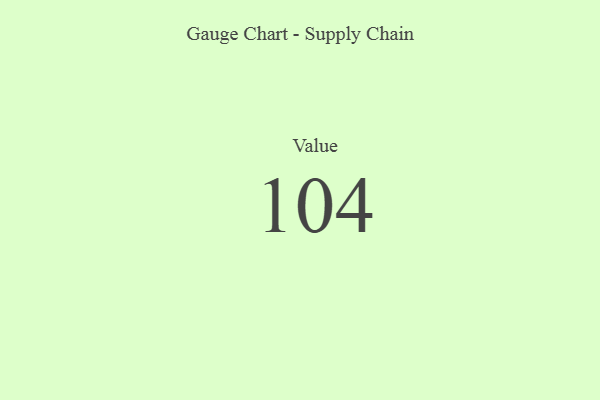
{"axis": {"x": "Metric", "y": "Value"}, "legend": [""], "data": [{"x": "Value", "y": 104, "type": ""}]}